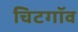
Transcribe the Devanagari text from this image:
चिटगॉव